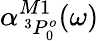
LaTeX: \alpha_{\, ^{3}P_{0}^{o}}^{M1}(\omega)